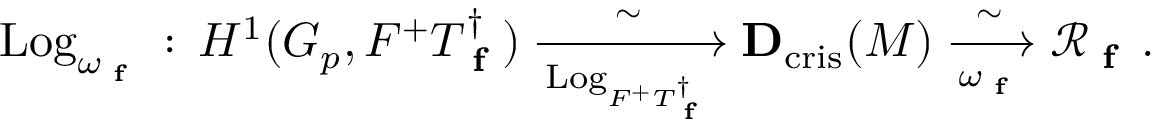
\mathrm { L o g } _ { \omega _ { \textup { \bf f } } } \, : \, H ^ { 1 } ( G _ { p } , F ^ { + } T _ { \textup { \bf f } } ^ { \dagger } ) \xrightarrow [ \mathrm { L o g } _ { F ^ { + } T _ { \textup { \bf f } } ^ { \dagger } } ] { \sim } \mathbf { D } _ { \mathrm { c r i s } } ( M ) \xrightarrow [ \omega _ { \textup { \bf f } } ] { \sim } \mathcal { R } _ { \textup { \bf f } } \, .